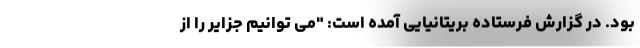
بود. در گزارش فرستاده بریتانیایی آمده است: "می توانیم جزایر را از